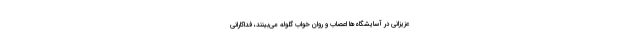
عزیزانی در آسایشگاه‌ها اعصاب و روان خواب گلوله می‌بینند، فداکارانی